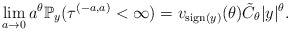
\begin{align*}\lim_{a\to0}{a}^{\theta}\mathbb{P}_y(\tau^{(-a,a)}<\infty) =v_{{\rm sign}(y)}(\theta)\tilde{C}_\theta |y|^\theta.\end{align*}